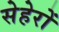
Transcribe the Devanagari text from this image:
सेहेरों